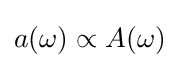
a(\omega )\propto A(\omega )